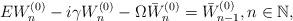
LaTeX: \begin{align*}E W_n^{(0)} - i\gamma W_n^{(0)} - \Omega \bar{W}_n^{(0)} = \bar{W}_{n-1}^{(0)}, n \in \mathbb{N},\end{align*}